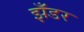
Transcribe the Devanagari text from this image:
झँडर